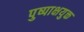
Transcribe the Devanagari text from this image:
पुष्पाक्षयुक्त